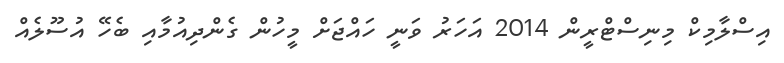
އިސްލާމިކް މިނިސްޓްރީން 2014 އަހަރު ވަނީ ހައްޖަށް މީހުން ގެންދިއުމާއި ބެހޭ އުސޫލެއް